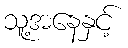
သူ့အနေနှင့်